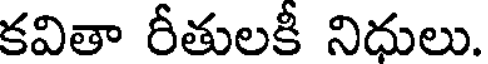
కవితా రీతులకీ నిధులు.